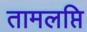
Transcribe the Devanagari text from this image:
तामलप्ति